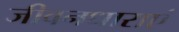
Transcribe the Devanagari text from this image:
जीवनधाराएं